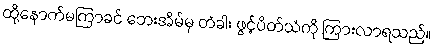
ထို့နောက်မကြာခင် ဘေးအိမ်မှ တံခါး ဖွင့်ပိတ်သံကို ကြားလာရသည်။